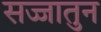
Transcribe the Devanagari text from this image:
सज्जातुन